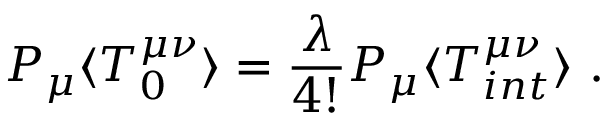
P _ { \mu } \langle T _ { 0 } ^ { \mu \nu } \rangle = \frac { \lambda } { 4 ! } P _ { \mu } \langle T _ { i n t } ^ { \mu \nu } \rangle \ .